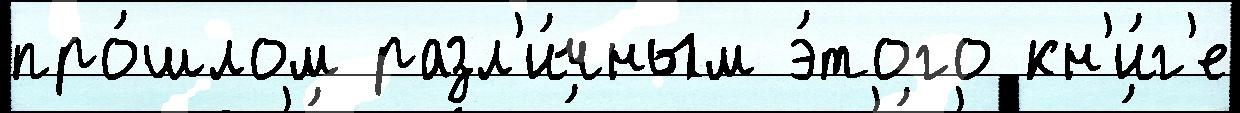
про́шлом разл'и́чным э́того кн'и́г'е